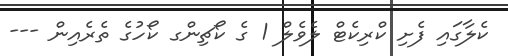
ކެލާގައި ފެށި ކްރިކެޓް ލެވެލް 1 ގެ ކޯޗިންގ ކޯހުގެ ތެރެއިން ---